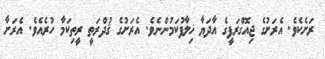
ރަށެކެވެ. އެރަށުގެ ޖިއޮގްރަފީގެ އާދަޔާ ޚިލާފުކަމުންނެވެ. އެރަށުގެ ޤުދްރަތީ ރީތިކަމާ ހުރެއެވެ. އެރަށާ